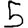
Digit: 5